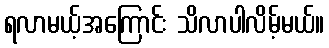
ရလာမယ့်အကြောင်း သိလာပါလိမ့်မယ်။